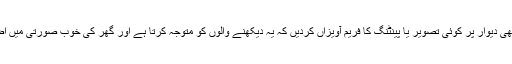
ٹی وی لاونج میں بھی دیوار پر کوئی تصویر یا پینٹنگ کا فریم آویزاں کردیں کہ یہ دیکھنے والوں کو متوجہ کرتا ہے اور گھر کی خوب صورتی میں اضافے کا باعث ہے۔